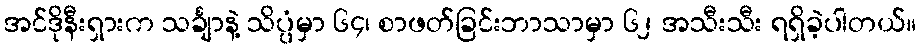
အင်ဒိုနီးရှားက သင်္ချာနဲ့ သိပ္ပံမှာ ၆၄၊ စာဖတ်ခြင်းဘာသာမှာ ၆၂ အသီးသီး ရရှိခဲ့ပါတယ်။